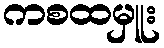
ကစထမှူး